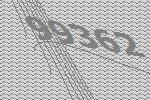
99362